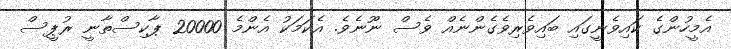
އެމީހުންގެ ކައިވެނީގައި ބައިވެރިވެގެންނެއް ވެސް ނޫނެވެ. އެކަމަކު އެންމެ 20000 ޕާކިސްތާނީ ރުޕީސް